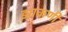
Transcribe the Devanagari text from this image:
झाकणी